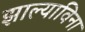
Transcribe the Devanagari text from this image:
झाल्याविना